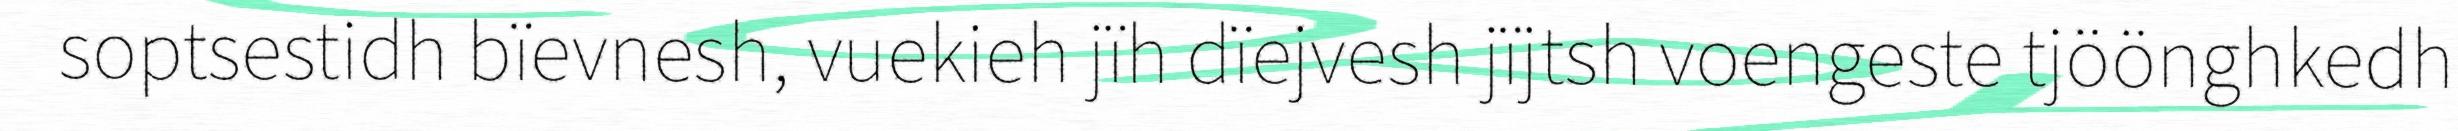
soptsestidh bïevnesh, vuekieh jïh dïejvesh jïjtsh voengeste tjöönghkedh